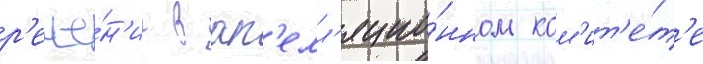
р'еше́н'ие в ап'елл'яцио́нном ком'ит'е́т'е